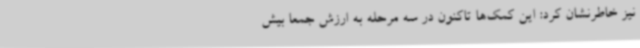
نیز خاطرنشان کرد: این کمک‌ها تاکنون در سه مرحله به ارزش جمعاً بیش